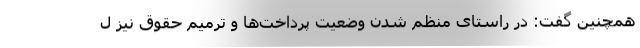
همچنین گفت: در راستای منظم شدن وضعیت پرداخت‌ها و ترمیم حقوق نیز ل